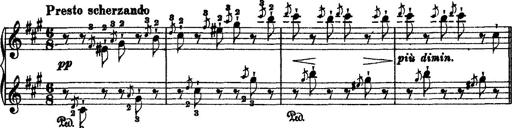
Title: 2 KonzertetÃ¼den
Composer: Franz Liszt